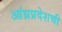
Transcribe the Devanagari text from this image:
आंध्रप्रदेशची